Lunatic asylums Burma 1907-21 - 1907-1921
Year: 1907
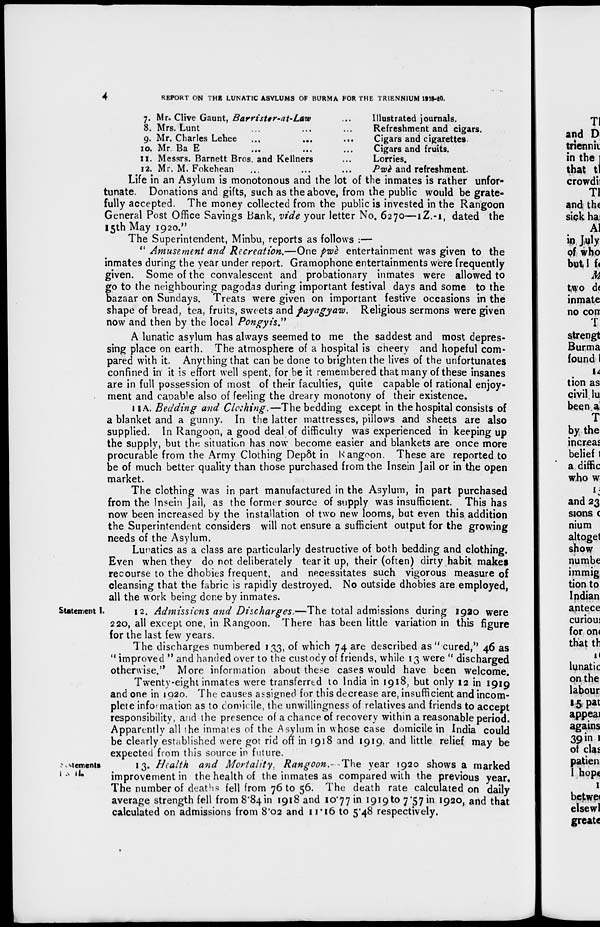
4
REPORT ON THE LUNATIC ASYLUMS OF BURMA FOR THE TR1ENNIUM 1918-20.
7.
8.
9.
10.
11.
12.
Mr. Clive Gaunt, Barrister-at-Law ...
Mrs. Lunt
Mr. Charles Lehee
Mr. Ba E
Messrs. Barnett Bros and Kellners
Mr. M. Fokehean
Illustrated journals.
Refreshment and cigars.
Cigars and cigarettes.
Cigars and fruits.
Lorries.
Pwè and refreshment.
Life in an Asylum is monotonous and the lot of the inmates is rather unfor-
tunate. Donations and gifts, such as the above, from the public would be grate-
fully accepted. The money collected from the public is invested in the Rangoon
General Post Office Savings Bank, vide your letter No. 6270—1Z.-1, dated the
15th May 1920."
The Superintendent, Minbu, reports as follows :—
" Amusement and Recreation.—One pwè entertainment was given to the
inmates during the year under report. Gramophone entertainments were frequently
given. Some of the convalescent and probationary inmates were allowed to
go to the neighbouring pagodas during important festival days and some to the
bazaar on Sundays. Treats were given on important festive occasions in the
shape of bread, tea, fruits, sweets and payagyaw. Religious sermons were given
now and then by the local Pongyis."
A lunatic asylum has always seemed to me the saddest and most depres-
sing place on earth. The atmosphere of a hospital is cheery and hopeful com-
pared with it. Anything that can be done to brighten the lives of the unfortunates
confined in it is effort well spent, for be it remembered that many of these insanes
are in full possession of most of their faculties, quite capable of rational enjoy-
ment and capable also of feeling the dreary monotony of their existence.
11 A. Bedding and Clothing.—The bedding except in the hospital consists of
a blanket and a gunny. In the latter mattresses, pillows and sheets are also
supplied. In Rangoon, a good deal of difficulty was experienced in keeping up
the supply, but the situation has now become easier and blankets are once more
procurable from the Army Clothing Depôt in Rangoon. These are reported to
be of much better quality than those purchased from the Insein Jail or in the open
market.
The clothing was in part manufactured in the Asylum, in part purchased
from the Insein Jail, as the former source of supply was insufficient. This has
now been increased by the installation of two new looms, but even this addition
the Superintendent considers will not ensure a sufficient output for the growing
needs of the Asylum.
Lunatics as a class are particularly destructive of both bedding and clothing.
Even when they do not deliberately tear it up, their (often) dirty habit makes
recourse to the dhobies frequent, and necessitates such vigorous measure of
cleansing that the fabric is rapidly destroyed. No outside dhobies are employed,
all the work being done by inmates.
Statement I.
12. Admissions and Discharges.—The total admissions during 1920 were
220, all except one, in Rangoon. There has been little variation in this figure
for the last few years.
The discharges numbered 133, of which 74 are described as " cured," 46 as
" improved " and handed over to the custody of friends, while 13 were " discharged
otherwise." More information about these cases would have been welcome.
Twenty-eight inmates were transferred to India in 1918, but only 12 in 1919
and one in 1920. The causes assigned for this decrease are, insufficient and incom-
plete information as to domicile, the unwillingness of relatives and friends to accept
responsibility, and the presence of a chance of recovery within a reasonable period.
Apparently all the inmates of the Asylum in whose case domicile in India could
be clearly established were got rid off in 1918 and 1919, and little relief may be
expected from this source in future.
Statements
I & II.
13. Health and Mortality, Rangoon. The year 1920 shows a marked
improvement in the health of the inmates as compared with the previous year.
The number of deaths fell from 76 to 56. The death rate calculated on daily
average strength fell from 8.84in 1918 and 10.77 in 1919 to 7.57 in 1920, and that
calculated on admissions from 8.02 and 11.16 to 5.48 respectively.